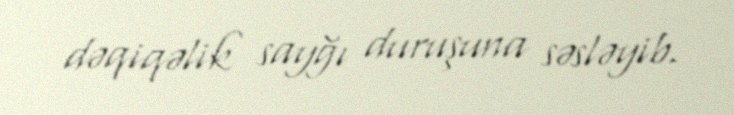
dəqiqəlik sayğı duruşuna səsləyib.